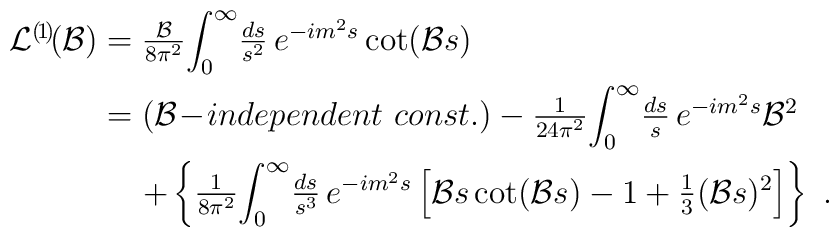
\begin{array}{l}{\mathcal{L}}^{(\! 1\!)}\!({\mathcal{B}}) = \frac{{\mathcal{B}}}{8 \pi^{2}} {\displaystyle\int_{0}^{\infty}} \frac{ds}{s^{2}}\,e^{-im^{2}s}\cot({\mathcal{B}}s)\\*[0.3cm] \hspace*{1.25cm} =({\mathcal{B}}\!-\!independent\ const.) -\frac{1}{24\pi^{2}}{\displaystyle\int_{0}^{\infty}} \frac{ds}{s}\,e^{-im^{2}s}{\mathcal{B}}^{2}\\*[0.3cm] \hspace*{1.7cm} +\left\{\frac{1}{8\pi^{2}} {\displaystyle\int_{0}^{\infty}}\frac{ds}{s^{3}} \, e^{-im^{2}s} \left[{\mathcal{B}}s\cot({\mathcal{B}}s)-1+\frac{1}{3}({\mathcal{B}}s)^{2} \right]\right\}\ .\end{array}